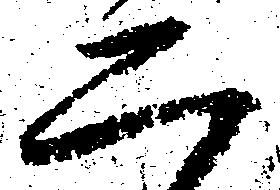
ニ